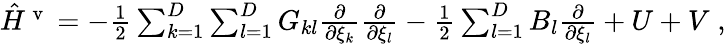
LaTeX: \begin{array}{r}{\hat{H}^{\mathrm{~v~}}=-\frac{1}{2}\sum_{k=1}^{D}\sum_{l=1}^{D}G_{kl}\frac{\partial}{\partial\xi_{k}}\frac{\partial}{\partial\xi_{l}}-\frac{1}{2}\sum_{l=1}^{D}B_{l}\frac{\partial}{\partial\xi_{l}}+U+V\; ,}\end{array}